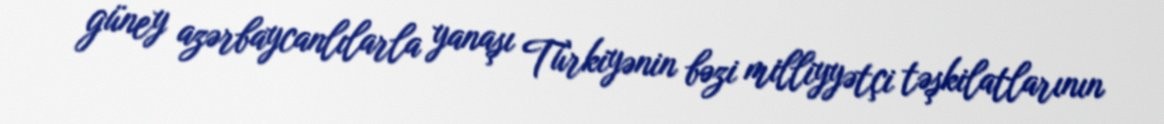
güney azərbaycanlılarla yanaşı Türkiyənin bəzi milliyyətçi təşkilatlarının